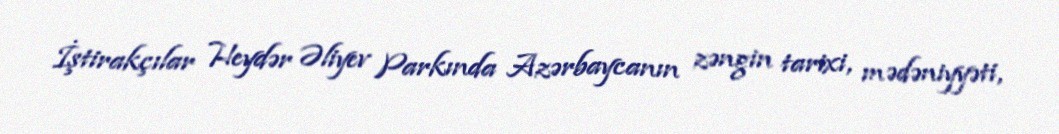
İştirakçılar Heydər Əliyev Parkında Azərbaycanın zəngin tarixi, mədəniyyəti,